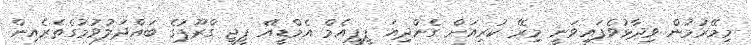
މިމޭރުމުން ވިދާޅުވެފައިވަނީ މިރޭ ކުރިއަށް ގެންދިއަ ޕީޕީއެމް އެމްޑީއޭ ޕީޖީ ގްރޫޕުގެ ބައްދަލުވުމުގެތެރެއިން